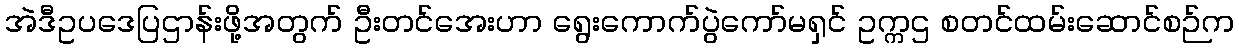
အဲဒီဥပဒေပြဌာန်းဖို့အတွက် ဦးတင်အေးဟာ ရွေးကောက်ပွဲကော်မရှင် ဥက္ကဌ စတင်ထမ်းဆောင်စဉ်က